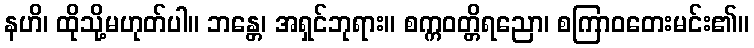
နဟိ၊ ထိုသို့မဟုတ်ပါ။ ဘန္တေ၊ အရှင်ဘုရား။ စက္ကဝတ္တိရညော၊ စကြာဝတေးမင်း၏။